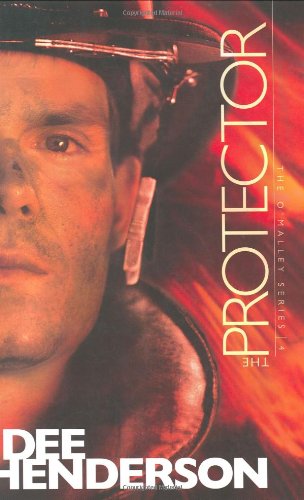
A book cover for The Protector (The O'Malley Series #4); Dee Henderson; Romance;